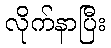
လိုက်နာပြီး